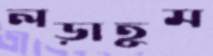
লড়াতুম